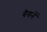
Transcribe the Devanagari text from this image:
वैगनें